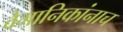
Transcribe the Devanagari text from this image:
वैमानिकांनाच